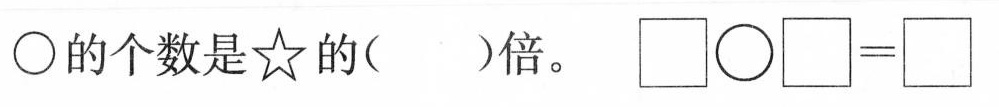
\circ 的个数是☆的( )倍。 $$\Box \circ \Box = \Box$$